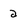
Character: a